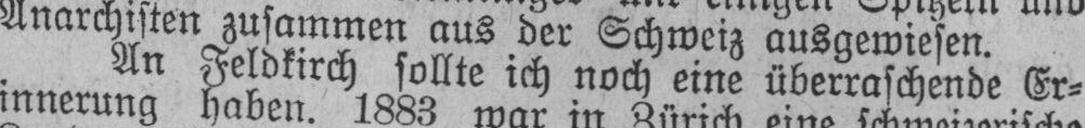
An Feldkirch sollte ich noch eine überraschende Er¬